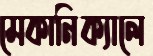
মেকানিক্যালে